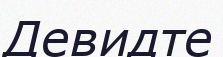
Девидте